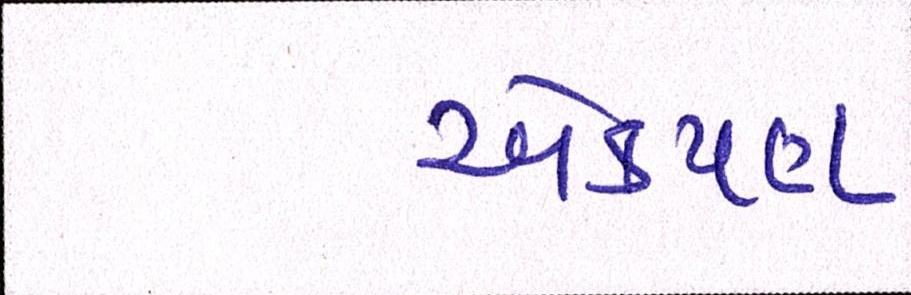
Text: એકપણ